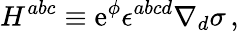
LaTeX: H^{abc}\equiv\mathrm{e}^{\phi}\epsilon^{abcd}\nabla_{d}\sigma\, ,